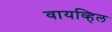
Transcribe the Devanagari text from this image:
वायव्हिल